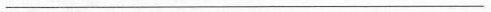
___